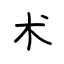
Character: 术